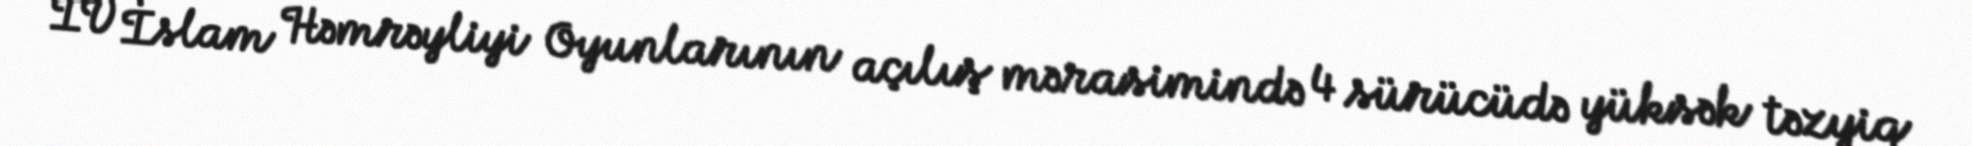
IV İslam Həmrəyliyi Oyunlarının açılış mərasimində 4 sürücüdə yüksək təzyiq